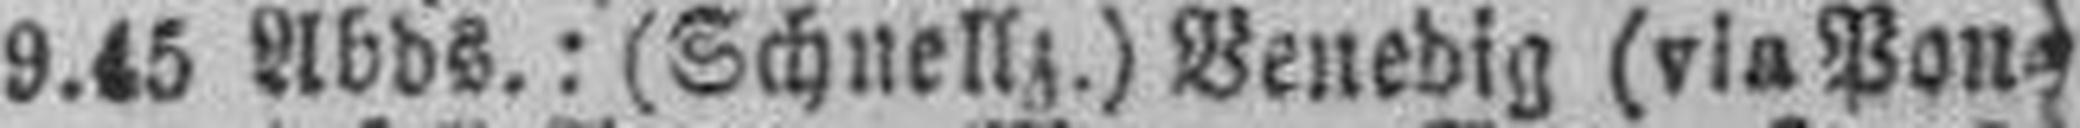
9.45 Abds.: (Schnellz.) Venedig (via Pon¬